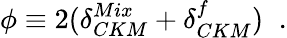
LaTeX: \phi\equiv 2(\delta_{CKM}^{Mix}+\delta_{CKM}^{f})\; \; .